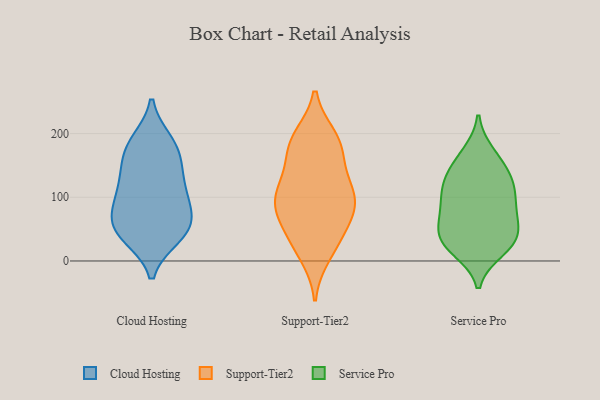
{"axis": {"x": "Page Views", "y": "Value"}, "legend": ["Cloud Hosting", "Service Pro", "Support-Tier2"], "data": [{"x": "", "y": 46, "type": "Cloud Hosting"}, {"x": "", "y": 76, "type": "Cloud Hosting"}, {"x": "", "y": 38, "type": "Cloud Hosting"}, {"x": "", "y": 112, "type": "Cloud Hosting"}, {"x": "", "y": 99, "type": "Cloud Hosting"}, {"x": "", "y": 175, "type": "Cloud Hosting"}, {"x": "", "y": 54, "type": "Cloud Hosting"}, {"x": "", "y": 187, "type": "Cloud Hosting"}, {"x": "", "y": 140, "type": "Cloud Hosting"}, {"x": "", "y": 38, "type": "Cloud Hosting"}, {"x": "", "y": 135, "type": "Cloud Hosting"}, {"x": "", "y": 75, "type": "Cloud Hosting"}, {"x": "", "y": 160, "type": "Cloud Hosting"}, {"x": "", "y": 188, "type": "Cloud Hosting"}, {"x": "", "y": 100, "type": "Cloud Hosting"}, {"x": "", "y": 53, "type": "Cloud Hosting"}, {"x": "", "y": 79, "type": "Support-Tier2"}, {"x": "", "y": 10, "type": "Support-Tier2"}, {"x": "", "y": 194, "type": "Support-Tier2"}, {"x": "", "y": 123, "type": "Support-Tier2"}, {"x": "", "y": 80, "type": "Support-Tier2"}, {"x": "", "y": 56, "type": "Support-Tier2"}, {"x": "", "y": 90, "type": "Support-Tier2"}, {"x": "", "y": 25, "type": "Support-Tier2"}, {"x": "", "y": 185, "type": "Support-Tier2"}, {"x": "", "y": 189, "type": "Support-Tier2"}, {"x": "", "y": 103, "type": "Support-Tier2"}, {"x": "", "y": 101, "type": "Support-Tier2"}, {"x": "", "y": 151, "type": "Support-Tier2"}, {"x": "", "y": 107, "type": "Support-Tier2"}, {"x": "", "y": 175, "type": "Support-Tier2"}, {"x": "", "y": 39, "type": "Support-Tier2"}, {"x": "", "y": 97, "type": "Service Pro"}, {"x": "", "y": 57, "type": "Service Pro"}, {"x": "", "y": 82, "type": "Service Pro"}, {"x": "", "y": 169, "type": "Service Pro"}, {"x": "", "y": 122, "type": "Service Pro"}, {"x": "", "y": 27, "type": "Service Pro"}, {"x": "", "y": 42, "type": "Service Pro"}, {"x": "", "y": 161, "type": "Service Pro"}, {"x": "", "y": 118, "type": "Service Pro"}, {"x": "", "y": 49, "type": "Service Pro"}, {"x": "", "y": 27, "type": "Service Pro"}, {"x": "", "y": 95, "type": "Service Pro"}, {"x": "", "y": 135, "type": "Service Pro"}, {"x": "", "y": 74, "type": "Service Pro"}, {"x": "", "y": 133, "type": "Service Pro"}, {"x": "", "y": 27, "type": "Service Pro"}, {"x": "", "y": 17, "type": "Service Pro"}]}